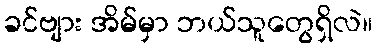
ခင်ဗျား အိမ်မှာ ဘယ်သူတွေရှိလဲ။